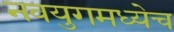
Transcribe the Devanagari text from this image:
नवयुगमध्येच